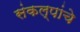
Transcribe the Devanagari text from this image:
संकल्पांचे